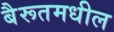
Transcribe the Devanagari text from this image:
बैरूतमधील